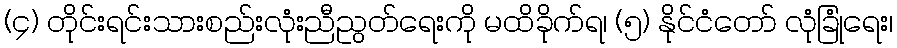
(၄) တိုင်းရင်းသားစည်းလုံးညီညွတ်ရေးကို မထိခိုက်ရ၊ (၅) နိုင်ငံတော် လုံခြုံရေး၊